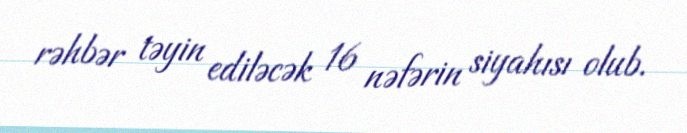
rəhbər təyin ediləcək 16 nəfərin siyahısı olub.